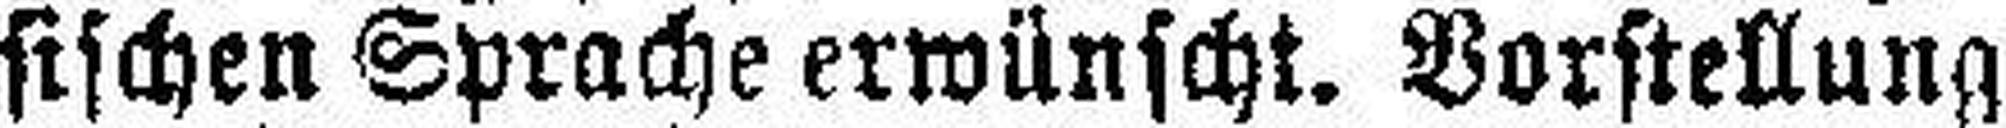
sischen Sprache erwünscht. Vorstellung